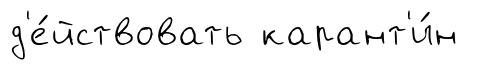
д'е́йствовать карант'и́н